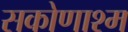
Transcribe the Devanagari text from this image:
सकोणाश्म